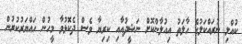
ކުއްލި ނުރައްކަލުގެ ހާލަތު އިއުލާންކޮށް ނަޝީދުއާއި ކިރިޔާ ވެސް ދެކޮޅުވާ މީހުން ހައްޔަރުކުރުން